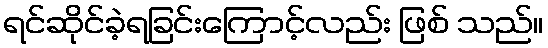
ရင်ဆိုင်ခဲ့ရခြင်းကြောင့်လည်း ဖြစ် သည်။